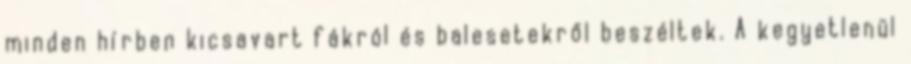
minden hírben kicsavart fákról és balesetekről beszéltek. A kegyetlenül